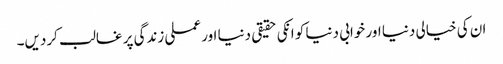
ان کی خیالی دنیا اور خوابی دنیا کو انکی حقیقی دنیا اور عملی زندگی پر غالب کردیں۔